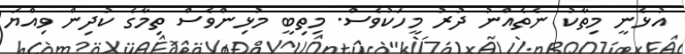
އުޅެނީ މިތާކު ނެތެއްނު ދުރު މީހަކުވެސް. މިތިބީ މުޅިންވެސް ތިމާގެ ކުދިން ވިއްޔަ